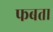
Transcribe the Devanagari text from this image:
फबता